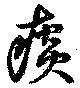
痰